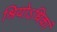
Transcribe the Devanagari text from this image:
श्रियोऽधिकां